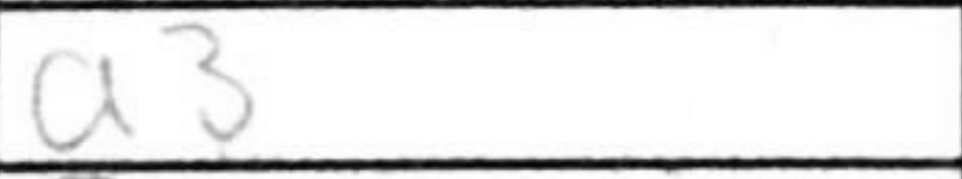
Transcription: a3